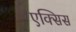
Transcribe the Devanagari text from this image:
एक्‍सिस